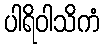
ပါရိဝါသိကံ